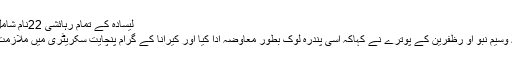
لیسادہ کے تمام رہائشی 22نام شامل تمام ہندو
پچیس سالہ وسیم نبو او رظفرین کے پوترے نے کہاکہ اسی پندرہ لوک بطور معاوضہ ادا کیا اور کیرانا کے گرام پنچایت سکریٹری میں ملازمت بھی ملی۔